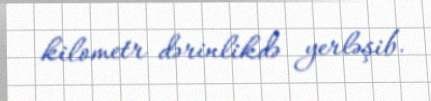
kilometr dərinlikdə yerləşib.